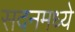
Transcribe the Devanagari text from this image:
सदनमध्ये